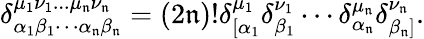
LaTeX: \delta_{\alpha_{1}\beta_{1}\cdots\alpha_{\mathfrak{n}}\beta_{\mathfrak{n}}}^{\mu_{1}\nu_{1}...\mu_{\mathfrak{n}}\nu_{\mathfrak{n}}}=(2\mathfrak{n})!\delta_{\lbrack\alpha_{1}}^{\mu_{1}}\delta_{\beta_{1}}^{\nu_{1}}\cdots\delta_{\alpha_{\mathfrak{n}}}^{\mu_{\mathfrak{n}}}\delta_{\beta_{\mathfrak{n}}]}^{\nu_{\mathfrak{n}}}.